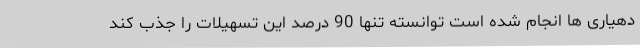
دهیاری ها انجام شده است توانسته تنها 90 درصد این تسهیلات را جذب کند